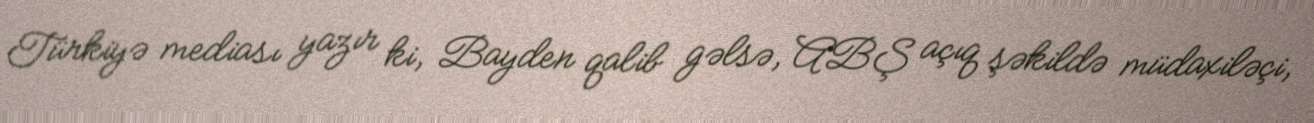
Türkiyə mediası yazır ki, Bayden qalib gəlsə, ABŞ açıq şəkildə müdaxiləçi,